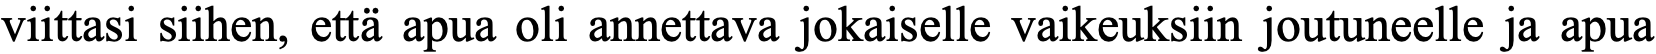
viittasi siihen, että apua oli annettava jokaiselle vaikeuksiin joutuneelle ja apua